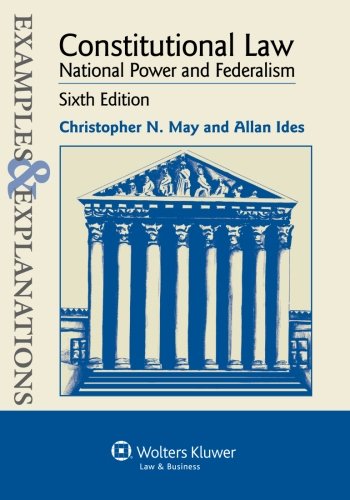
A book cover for Examples and Explanations: Constitutional Law: National Power and Federalism, Sixth Edition (Examples & Explanations); Christopher N. May; Law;